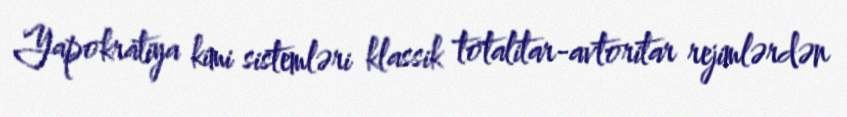
Yapokratiya kimi sistemləri klassik totalitar-avtoritar rejimlərdən